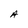
Character: A